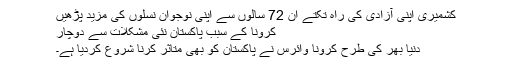
کشمیری اپنی آزادی کی راہ تکتے ان 72 سالوں سے اپنی نوجوان نسلوں کی مزید پڑھیں
کرونا کے سبب پاکستان نئی مشکلات سے دوچار
دنیا بھر کی طرح کرونا وائرس نے پاکستان کو بھی متاثر کرنا شروع کردیا ہے۔